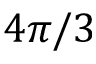
4 \pi / 3